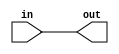
/*
  MIPS SINGLE CYCLE CPU IMPLEMENTED BY :   
  ARDESHIR  ALIREZA 
  92213118  92213034
*/
module PC (
  input in,
  output out
  );
  
  assign out = in;
  
endmodule